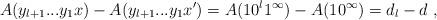
LaTeX: \begin{align*}A(y_{l+1}...y_1x) - A(y_{l+1}...y_1x') = A(10^l 1^\infty) - A(1 0^\infty) = d_l - d \ ,\end{align*}